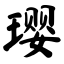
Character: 璎